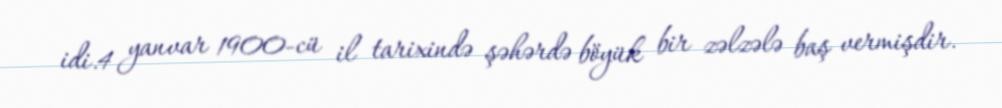
idi.4 yanvar 1900-cü il tarixində şəhərdə böyük bir zəlzələ baş vermişdir.